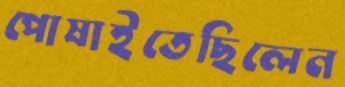
পোষাইতেছিলেন